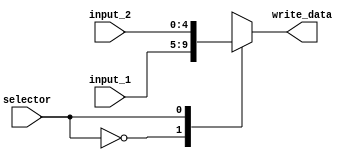
module mux5bit(input wire[4:0] input_1,input wire[4:0] input_2,input wire selector,output reg[4:0] write_data);
always @(selector or input_1 or input_2)
begin
case(selector )
0: write_data<=input_1;
1: write_data<=input_2;
endcase
end
endmodule

module mux32bit(input wire[31:0] input_1,input wire[31:0] input_2,input wire selector,output reg[31:0] write_data);
always @(selector)
begin
case(selector)
0: write_data<=input_1;
1: write_data<=input_2;
endcase
end
endmodule

module RegisterFile(Clk, WriteEnb, ReadReg1, ReadReg2, WriteReg, ReadData1, ReadData2, WriteData);

// ??? ??? ??? ???????? ???? ???
	input [4:0] ReadReg1;
	input [4:0]ReadReg2,WriteReg;
	input [31:0] WriteData;
	input wire WriteEnb ;		//Note write enable may be 2bits to support various operations later
	input wire Clk;
	output wire [31:0] ReadData1;
	output wire [31:0]ReadData2;
	//output reg [31:0] ReadData1;
	//output reg [31:0]ReadData2;


	reg [31:0] Registers [0:31];
initial begin
		
		Registers[0]  <= 0;
		Registers[1]  <= 1;
		Registers[2]  <= 32'h00000002;
		Registers[3]  <= 32'h00000004;
		Registers[4]  <= 32'h00000500;
		Registers[5]  <= 32'h00000070;
		Registers[6]  <= 32'h00000008;
		Registers[7]  <= 32'h00000060;
		Registers[8]  <= 32'h00000000; //$t0
		Registers[9]  <= 32'h00000007; //$t1
		Registers[10] <= 32'h00000006; //$t2
		Registers[11] <= 32'h00000002; //$t3
		Registers[12] <= 32'h00000008; //$t4
		Registers[13] <= 32'h00000000;
		Registers[14] <= 32'h00000090;
		Registers[15] <= 32'h00000000;
		Registers[16] <= 32'h00000000;//$s0
		Registers[17] <= 17; // $s1
		Registers[18] <= 18; //$s2
		Registers[19] <= 32'h00000003; //$s3
		Registers[20] <= 32'h00000005; //$s4
		Registers[21] <= 30; //$s5
		Registers[22] <= 10; 
		Registers[23] <= 32'h00000000;
		Registers[24] <= 32'h00000000;
		Registers[25] <= 32'h00000000;
		Registers[26] <= 32'h00000000;
		Registers[27] <= 32'h00000000;
		Registers[28] <= 32'h00000000;
		Registers[29] <= 32'h00000000;
		Registers[30] <= 32'h00000000;
		Registers[31] <= 32'h00000000;
end


/*always @(negedge Clk)
begin
ReadData1<=Registers[ReadReg1];
ReadData2<=Registers[ReadReg2];
end*/
assign ReadData1 = Registers[ReadReg1];
assign ReadData2 = Registers[ReadReg2];

always @(posedge Clk)
begin
if(WriteEnb) //we dont need to write in $zero reg ,NOTE:dont forget to initialize it in testbench	
begin
Registers[WriteReg]<=WriteData;
end
end

	
endmodule

 module ControlUnit(Fn,Opcode,ControlLines,instruction); 
input wire [31:0] instruction;
input wire [5:0] Fn;
input wire [5:0] Opcode;
output reg [11:0]ControlLines;
//wire RegDst    =ControlLines[0];
//wire Jump      =ControlLines[1];
//wire Branch    =ControlLines[2];
//wire MemRead   =ControlLines[3];
//wire MemtoReg  =ControlLines[4];
//wire [3:0]ALUOp={ControlLines[8],ControlLines[7],ControlLines[6],ControlLines[5]};
//wire MemWrite  =ControlLines[9];
//wire ALUSrc    =ControlLines[10];
//wire RegWrite  =ControlLines[11];  ////Note write enable may be 2bits to support various operations later
	
always@(instruction)
	begin
		case(Opcode)	//R-FORMAT
						0: 
						if(Fn==32) begin ControlLines<=12'b100_0000_00001; end//ADD
						else if(Fn==36) begin ControlLines<=12'b100_0010_00001; end//AND
						else if(Fn==34) begin ControlLines<=12'b100_0001_00001;	end//SUB
						else if(Fn==37) begin ControlLines<=12'b100_0011_00001;	end//OR
						else if(Fn==0)  begin ControlLines<=12'b000_0000_00000;	end//SLL
						else if(Fn==42) begin ControlLines<=12'b100_1000_00001;	end//SLT
						else if(Fn==2)  begin ControlLines<=12'b100_0101_00001;	end//SRL
						else if(Fn==3)  begin ControlLines<=12'b100_0110_00001;	end//SRA
						else if(Fn==55) begin  end// take in consedration SGT instruct. 
						//else if(Fn==0)  begin ControlLines<=12'b000_0000_00000; end //nop
			4:  ControlLines<=12'b000_0001_00100; //BEQ
			5:  ControlLines<=12'b000_0001_00000; //BNE      ------NEED to be implemented
			35: ControlLines<=12'b110_0000_11000; //LW
			43: ControlLines<=12'b011_0000_00000; //SW
		endcase
end
endmodule

 
module Decode(Clk,Instruction,ControlLines,DataMEMtoReg,ReadData1,ReadData2,shamt,ImmediateField,PCSrc,BranchAddress,InputAddress,rt,rd,WriteReg,writeregenable);
input wire Clk;
input wire [31:0]Instruction;
input wire [31:0]DataMEMtoReg;
output wire [11:0]ControlLines;
output wire [31:0]ReadData1;
output wire [31:0]ReadData2;
output wire [4:0]shamt;
output wire [31:0]ImmediateField;
output wire PCSrc;
output wire [4:0]rt,rd; 
input wire [4:0]WriteReg;
wire BranchComparator;
input wire writeregenable;
assign rt=Instruction[20:16];
assign rd=Instruction[15:11];
assign BranchComparator=(ReadData1==ReadData1)?1:0;

assign PCSrc = BranchComparator & ControlLines[2];
output wire [31:0]BranchAddress;
input wire [31:0]InputAddress;
assign BranchAddress=(InputAddress)+(ImmediateField<<2);
ControlUnit CU(Instruction[5:0],Instruction[31:26],ControlLines,Instruction);

RegisterFile RegFile(Clk,writeregenable,Instruction[25:21],Instruction[20:16],WriteReg,ReadData1,ReadData2,DataMEMtoReg);
assign shamt=Instruction[10:6];
assign ImmediateField={ {16{Instruction[15]}}, Instruction[15:0] };
endmodule